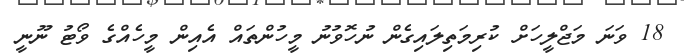
18 ވަނަ މަޖްލީހަށް ކުރިމަތިލައިގެން ނުހޮވުނު މީހުންތައް އެއިން މީހެއްގެ ވޯޓު ނޫނީ